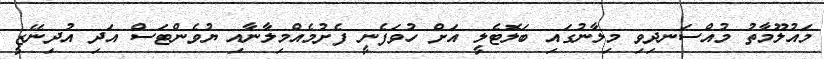
މައުލޫމާތު މުއްސަނދިވި މިލާނުގައި ބަލޮޓެލީ އަށް ހުވަފެނީ ފެށުމެއްމިލާނާއި ޔުވެންޓަސް އަދި އުދިނޭޒީ